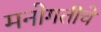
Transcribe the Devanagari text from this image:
मनोगतीचे